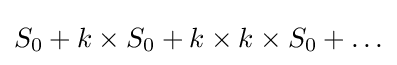
S_{0}+k\times S_{0}+k\times k\times S_{0}+\ldots